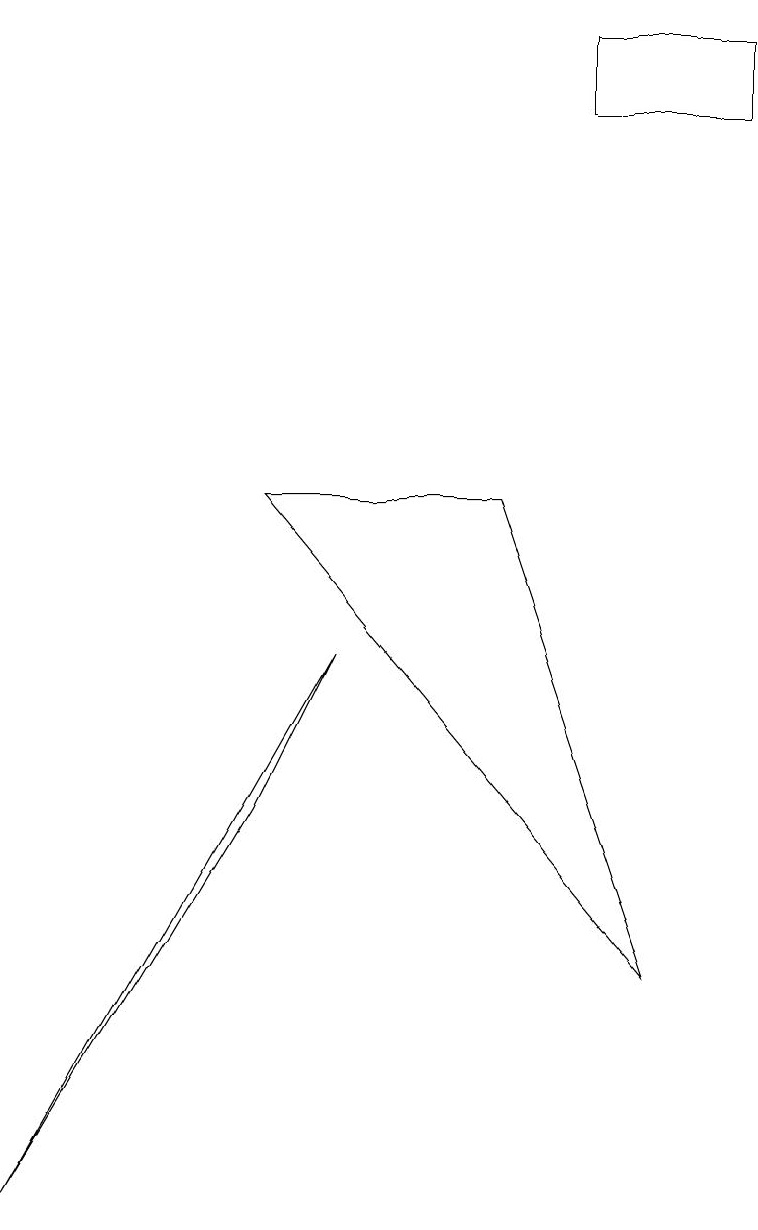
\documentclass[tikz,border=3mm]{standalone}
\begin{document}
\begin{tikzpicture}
\draw (8,3) -- (3,9) -- (6,9) -- cycle;
\draw (7,14) rectangle (9,15);
\draw (4,7) -- (3,5) -- (0,0) -- cycle;
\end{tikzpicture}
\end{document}